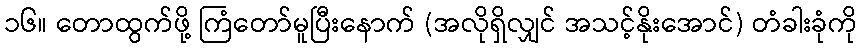
၁၆။ တောထွက်ဖို့ ကြံတော်မူပြီးနောက် (အလိုရှိလျှင် အသင့်နိုးအောင်) တံခါးခုံကို